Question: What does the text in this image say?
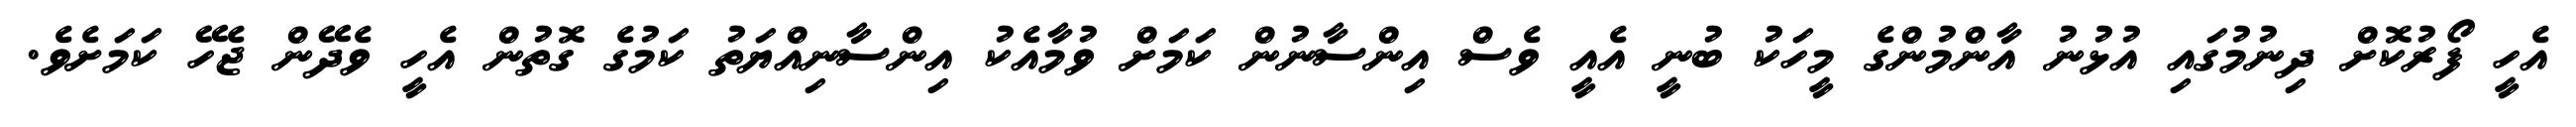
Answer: އެހީ ފޯރުކޮށް ދިނުމުގައި އުޅުނު އާންމުންގެ މީހަކު ބުނީ އެއީ ވެސް އިންސާނުން ކަމަށް ވުމާއެކު އިންސާނިއްޔަތު ކަމުގެ ގޮތުން އެހީ ވެދޭން ޖެހޭ ކަމަށެވެ.